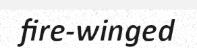
fire-winged